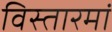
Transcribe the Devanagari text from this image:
विस्तारमां